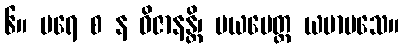
၆။ ပရေ စ န ဝိဇာနန္တိ၊ မယမေတ္တ ယမာမသေ။